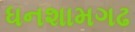
ધનશામગઢ